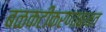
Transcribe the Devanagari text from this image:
बळकटीकरणाबाबत